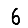
Digit: 6